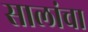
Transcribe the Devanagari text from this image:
सालांचा